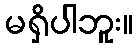
မရှိပါဘူး။